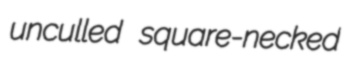
unculled square-necked